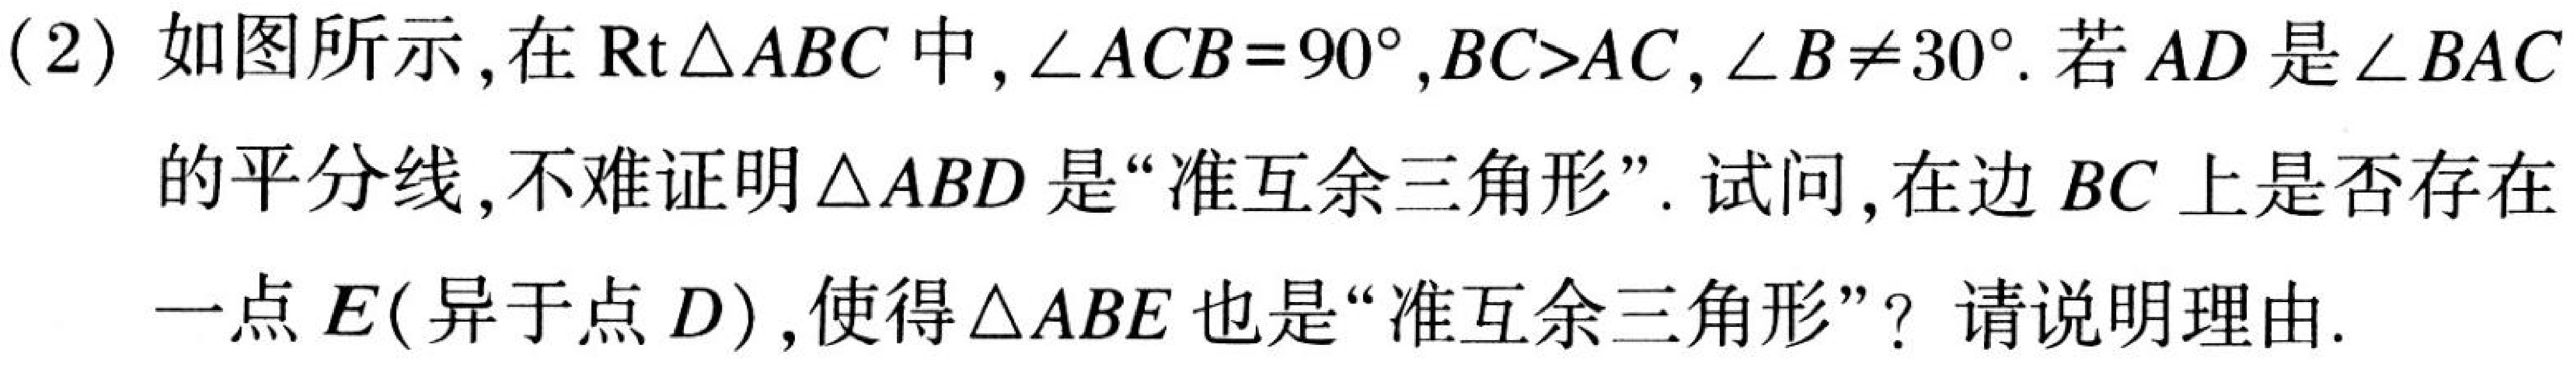
(2) 如图所示, 在$\text{Rt}\triangle ABC$中, $\angle ACB = 90^{\circ},BC>AC,\angle B\neq30^{\circ}$. 若$AD$是$\angle BAC$的平分线, 不难证明$\triangle ABD$是“准互余三角形”. 试问, 在边$BC$上是否存在一点$E$(异于点$D$), 使得$\triangle ABE$也是“准互余三角形”? 请说明理由.